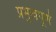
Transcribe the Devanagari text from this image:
प्रभुत्वपूर्ण